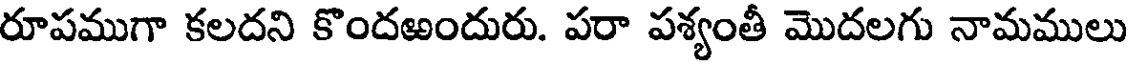
రూపముగా కలదని కొందఱందురు. పరా పశ్యంతీ మొదలగు నామములు